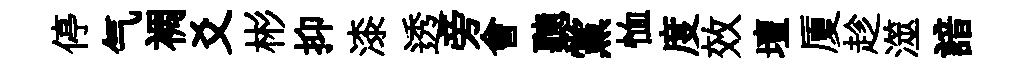
停气裯爻彬抑漆透旁會聽黨恤度效壇厦趁澨諳